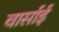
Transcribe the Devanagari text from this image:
वार्साई